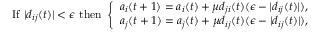
\begin{array} { r } { \mathrm { I f ~ } | d _ { i j } ( t ) | < \epsilon \mathrm { ~ t h e n ~ } \left\{ \begin{array} { l l } { a _ { i } ( t + 1 ) = a _ { i } ( t ) + \mu d _ { j i } ( t ) ( \epsilon - | d _ { i j } ( t ) | ) , } \\ { a _ { j } ( t + 1 ) = a _ { j } ( t ) + \mu d _ { i j } ( t ) ( \epsilon - | d _ { i j } ( t ) | ) , } \end{array} \right. } \end{array}